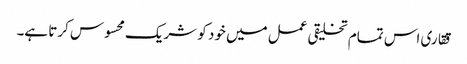
ققاری اس تمام تخلیقی عمل میں خود کو شریک محسوس کرتا ہے۔